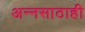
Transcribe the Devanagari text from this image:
अन्नसाठाही